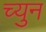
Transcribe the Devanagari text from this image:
च्युन